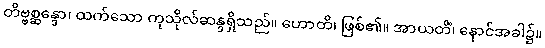
တိဗ္ဗစ္ဆန္ဒော၊ ထက်သော ကုသိုလ်ဆန္ဒရှိသည်။ ဟောတိ၊ ဖြစ်၏။ အာယတိံ၊ နောင်အခါ၌။